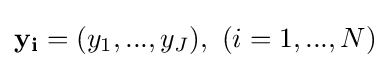
\mathbf {y_{i}} =(y_{1},...,y_{J}),\ (i=1,...,N)